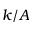
k / A